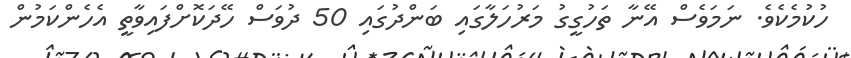
ހުކުމެކެވެ. ނަމަވެސް އޭނާ ތަހުގީގު މަރުހަލާގައި ބަންދުގައި 50 ދުވަސް ހޭދަކޮށްފައިވާތީ އެހެންކަމުން